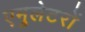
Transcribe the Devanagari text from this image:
एमुलेटरों